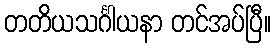
တတိယသင်္ဂါယနာ တင်အပ်ပြီ။